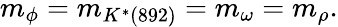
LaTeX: m_{\phi}=m_{K^{*}(892)}=m_{\omega}=m_{\rho}.